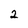
Character: 2